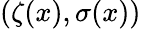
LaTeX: (\zeta(x),\sigma(x))